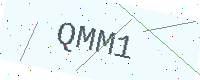
Text: QMM1